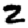
Digit: 2